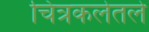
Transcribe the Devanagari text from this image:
चित्रकलेतले